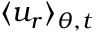
\langle u _ { r } \rangle _ { \theta , t }